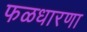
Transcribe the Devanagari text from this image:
फळधारणा